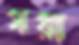
ময়া